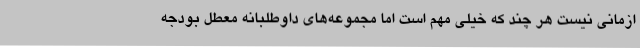
ازمانی نیست هر چند که خیلی مهم است اما مجموعه‌های داوطلبانه معطل بودجه